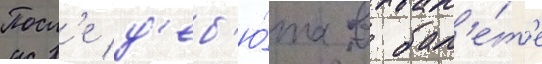
Посл'е д'еб'ю́та в бал'е́т'е